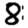
Digit: 8